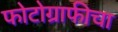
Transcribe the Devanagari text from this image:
फोटोग्राफीचा